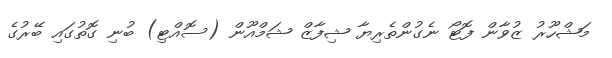
މަޝްހޫރު ޒުވާން ފޮޓޯ ނެގުންތެރިޔާ ޝިފާޒް ޝަމްއޫން (ސޮއްޓި) ބުނި ގޮތުގައި ބޭރުގެ